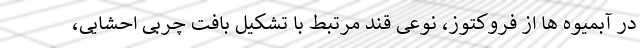
در آبمیوه ها از فروکتوز، نوعی قند مرتبط با تشکیل بافت چربی احشایی،